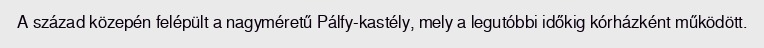
A század közepén felépült a nagyméretű Pálfy-kastély, mely a legutóbbi időkig kórházként működött.